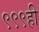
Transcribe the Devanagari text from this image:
९९९ही